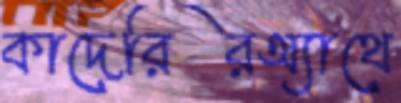
কাদেরিরঅ্যাথে